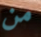
من